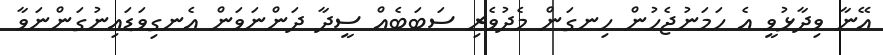
އޭނާ ވިދާޅުވީ އެ ހަމަނުޖެހުން ހިނގަން މެދުވެރި ސަބަބެއް ސީދާ ދަންނަވަން އެނގިވަޑައިނުގަންނަވާ